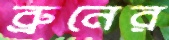
ব্রুনের